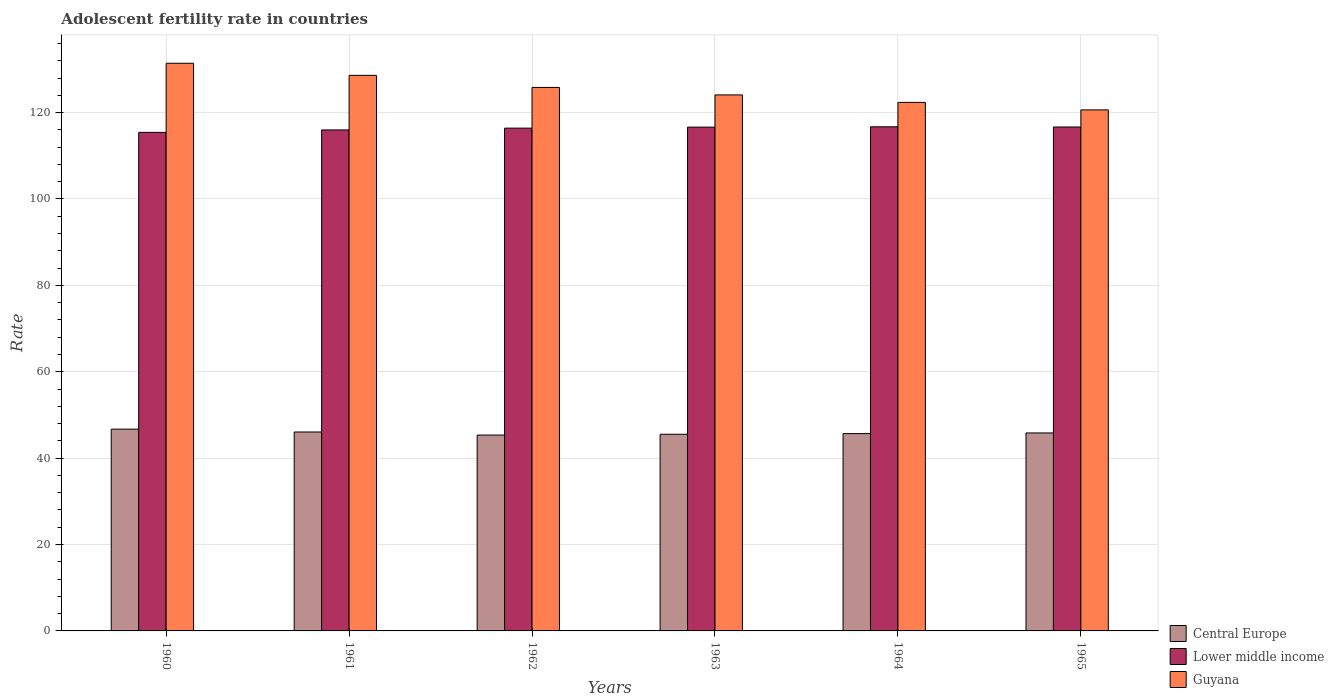
| Years | Central Europe | Lower middle income | Guyana |
 | --- | --- | --- | --- |
 | 1960 | 46.7 | 115 | 131 |
 | 1961 | 46.1 | 116 | 129 |
 | 1962 | 45.3 | 116 | 126 |
 | 1963 | 45.5 | 117 | 124 |
 | 1964 | 45.7 | 117 | 122 |
 | 1965 | 45.8 | 117 | 121 |